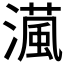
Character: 𤀘